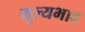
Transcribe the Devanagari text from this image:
मूल्यभाव